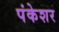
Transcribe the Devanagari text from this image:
पंकेशर